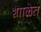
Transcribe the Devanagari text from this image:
शााळेत